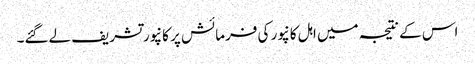
اس کے نتیجہ میں اہل کانپور کی فرمائش پر کانپور تشریف لےگئے۔